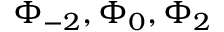
\Phi _ { - 2 } , \Phi _ { 0 } , \Phi _ { 2 }